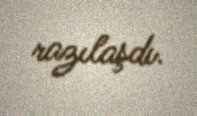
razılaşdı.